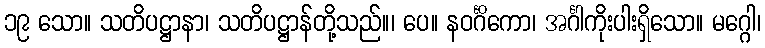
၁၉ သော။ သတိပဋ္ဌာနာ၊ သတိပဋ္ဌာန်တို့သည်။၊ ပေ။ နဝင်္ဂိကော၊ အင်္ဂါကိုးပါးရှိသော။ မဂ္ဂေါ၊